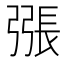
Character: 𢐘